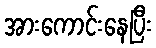
အားကောင်းနေပြီး